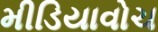
મીડિયાવોચ